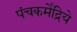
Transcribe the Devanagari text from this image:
पंचकर्मेंद्रिये